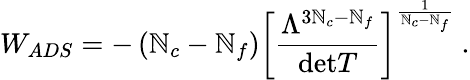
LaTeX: W_{ADS}=-\left(\mathbb{N}_{c}-\mathbb{N}_{f}\right)\left[\frac{{\Lambda^{3\mathbb{N}_{c}-\mathbb{N}_{f}}}}{{\mathrm{{det}}T}}\right]^{\frac{{1}}{{\mathbb{N}_{c}-\mathbb{N}_{f}}}}\ .